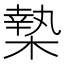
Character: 𣙗